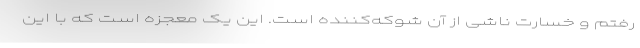
رفتم و خسارت ناشی از آن شوکه‌کننده است. این یک معجزه است که با این